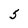
Character: 5